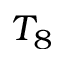
T _ { 8 }